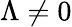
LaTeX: \Lambda\neq 0